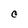
Character: C